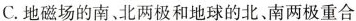
C. 地磁场的南、北两极和地球的北、南两极重合